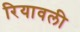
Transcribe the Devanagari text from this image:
रियावली